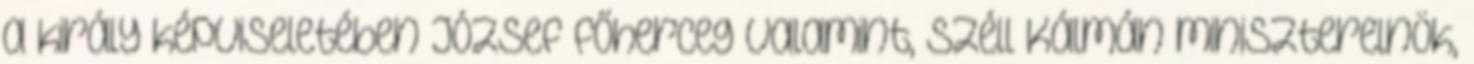
a király képviseletében József főherceg valamint, Széll Kálmán miniszterelnök,